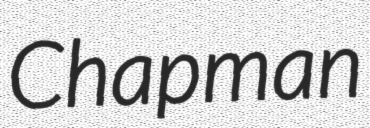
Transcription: Chapman